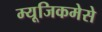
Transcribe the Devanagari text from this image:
म्यूजिकमेसे